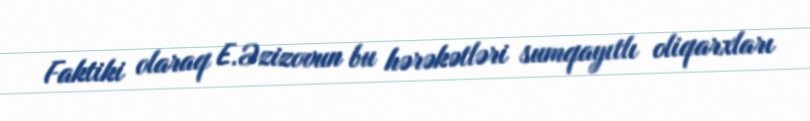
Faktiki olaraq E.Əzizovun bu hərəkətləri sumqayıtlı oliqarxları